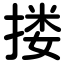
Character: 搂